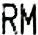
RM